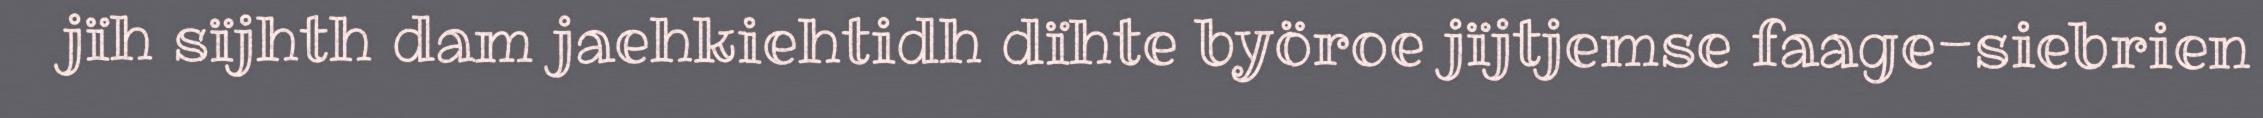
jïh sïjhth dam jaehkiehtidh dïhte byöroe jïjtjemse faage-siebrien